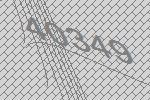
40349